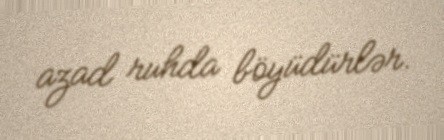
azad ruhda böyüdürlər.